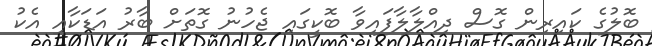
ބޮލުގެ ކައިރިން ގޮސް ދިއްލާލާފައިވާ ބޮކީގައި ޖެހުނު ގޮތަށް ބާރު އަޑަކާއި އެކު